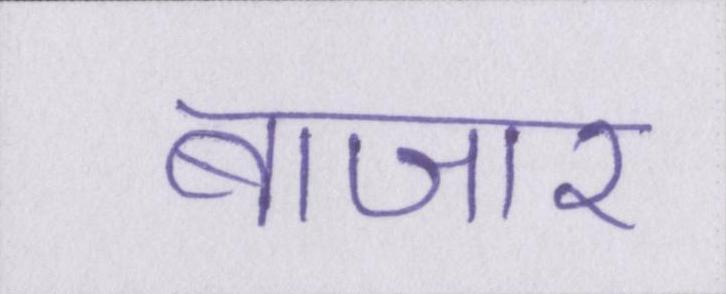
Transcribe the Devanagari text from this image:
बाजार